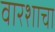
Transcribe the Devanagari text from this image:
वारशाचा